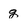
Character: g